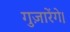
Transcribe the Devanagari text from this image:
गुज़ारेंगे।